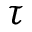
\tau